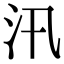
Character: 汛